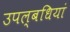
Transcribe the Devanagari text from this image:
उपल्बधियां